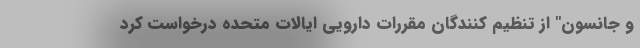
و جانسون" از تنظیم کنندگان مقررات دارویی ایالات متحده درخواست کرد